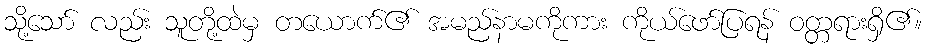
သို့သော် လည်း သူတို့ထဲမှ တယောက်၏ အမည်နာမကိုကား ကိုယ်ဖော်ပြရန် ဝတ္တရားရှိ၏။